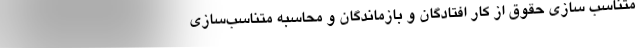
متناسب سازی حقوق از کار افتادگان و بازماندگان و محاسبه متناسب‌سازی